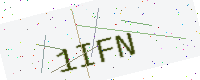
Text: 1IFN